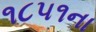
૧૮૫૧ના